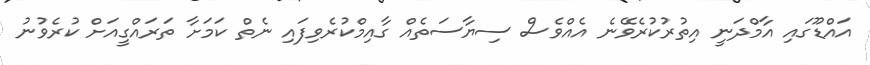
އައްޑޫގައި އާމްދަނީ އިތުރުކުރެވޭނެ އެއްވެސް ސިޔާސަތެއް ގާއިމްކުރެވިފައި ނެތް ކަމަށާ ތަރައްގީއަށް ކުރެވުނު